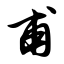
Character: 甫